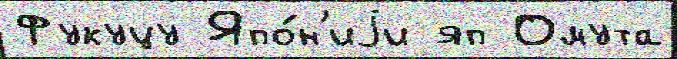
Фукуцу Япо́н'иjи яп Омута